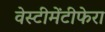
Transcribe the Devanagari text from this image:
वेस्टीमेंटीफेरा